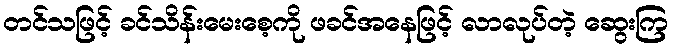
တင်သဖြင့် ခင်သိန်းမေးစေ့ကို ဖခင်အနေဖြင့် လာလုပ်တဲ့ ဆွေးကြ